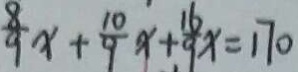
\frac { 8 } { 9 } x + \frac { 1 0 } { 9 } x + \frac { 1 6 } { 9 } x = 1 7 0